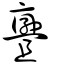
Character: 斖